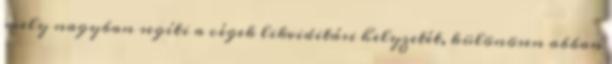
mely nagyban segíti a cégek likviditási helyzetét, különösen abban